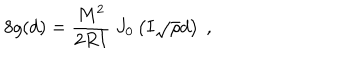
LaTeX: 8 g ( d ) = { \frac { M ^ { 2 } } { 2 R I } } \ J _ { 0 } \left( I \sqrt { \rho } d \right) \ ,